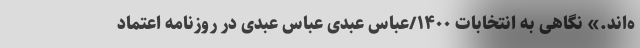
ه‌اند.» نگاهی به انتخابات ۱۴۰۰/عباس عبدی عباس عبدی در روزنامه اعتماد